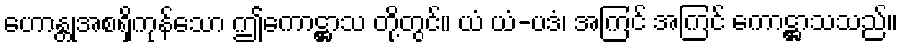
ဟောန္တုအစရှိကုန်သော ဤကောဋ္ဌာသ တို့တွင်။ ယံ ယံ-ပဒံ၊ အကြင် အကြင် ကောဋ္ဌာသသည်။